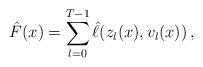
LaTeX: \begin{align*} \hat{F}(x)= \sum_{l=0}^{{T}-1} \hat{\ell}(z_l(x),v_l(x)) \, ,\end{align*}